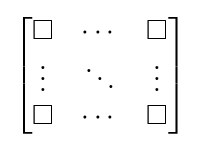
{\begin{bmatrix}\Box &\cdots &\Box \\\vdots &\ddots &\vdots \\\Box &\cdots &\Box \end{bmatrix}}